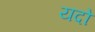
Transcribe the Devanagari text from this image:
यदो